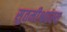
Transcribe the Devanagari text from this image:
सुतमीश्वरस्य